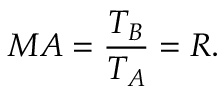
M A = { \frac { T _ { B } } { T _ { A } } } = R .